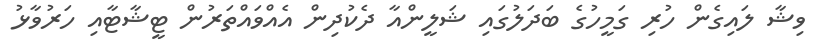
ވިޝާ ލައިގެން ހުރި ގަމީހުގެ ބަދަލުގައި ޝަލީންއާ ދެކުދިން އެއްވައްތަރުން ޓީޝާޓާއި ހަރުވާޅު